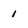
Character: 1